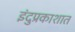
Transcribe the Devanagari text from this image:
इंदुप्रकाशात